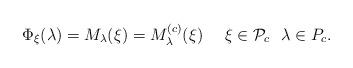
LaTeX: \begin{align*}\Phi_{\xi} (\lambda)=M_\lambda (\xi )=M^{(c)}_\lambda(\xi )\quad\ \xi\in\mathcal{P}_c \ \ \lambda\in P_c.\end{align*}